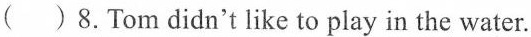
( )8.Tom didn't like to play in the water.